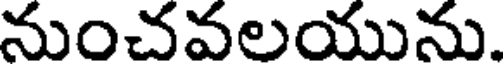
నుంచవలయును.